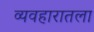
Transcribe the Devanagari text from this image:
व्यवहारातला